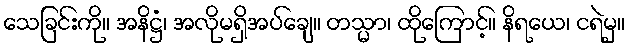
သေခြင်းကို။ အနိဋ္ဌံ၊ အလိုမရှိအပ်ချေ။ တသ္မာ၊ ထိုကြောင့်။ နိရယေ၊ ငရဲမှ။